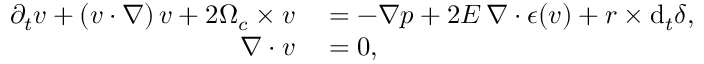
\begin{array} { r l } { \partial _ { t } \boldsymbol { v } + ( \boldsymbol { v } \boldsymbol { \cdot } \nabla ) \, \boldsymbol { v } + 2 \boldsymbol { \Omega } _ { c } \times \boldsymbol { v } } & { { } = - \nabla p + 2 E \, \nabla \boldsymbol { \cdot } \boldsymbol { \epsilon } ( \boldsymbol { v } ) + \boldsymbol { r } \times \mathrm { d } _ { t } \boldsymbol { \delta } , } \\ { \nabla \boldsymbol { \cdot } \boldsymbol { v } } & { { } = 0 , } \end{array}